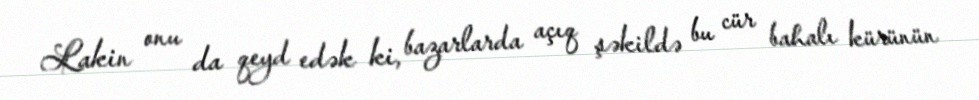
Lakin onu da qeyd edək ki, bazarlarda açıq şəkildə bu cür bahalı kürünün